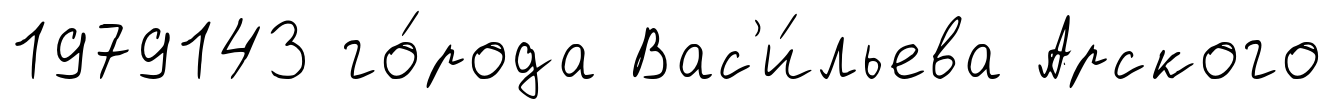
1979143 го́рода Вас'и́льева Арского